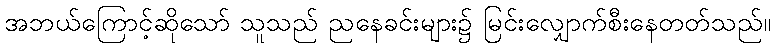
အဘယ်ကြောင့်ဆိုသော် သူသည် ညနေခင်းများ၌ မြင်းလျှောက်စီးနေတတ်သည်။